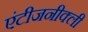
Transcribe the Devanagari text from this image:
एंटीजनीक्ली